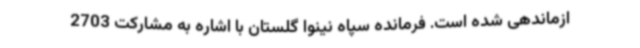
ازماندهی شده است. فرمانده سپاه نینوا گلستان با اشاره به مشارکت 2703